On kala azar, malaria and malarial cachexia - Number 19
Disease focus: Malaria
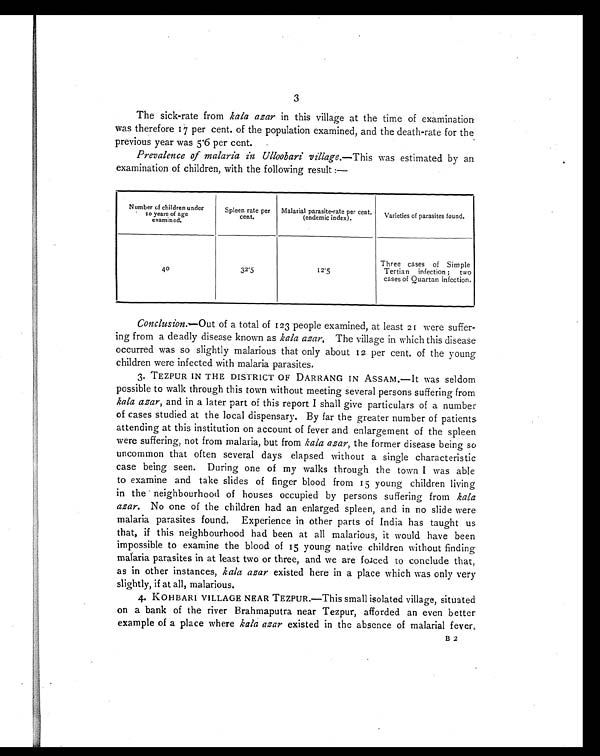
3
The sick-rate from kala azar in this village at the time of examination
was therefore17 per cent. of the population examined, and the death-rate for
the previous year was 5.6 per cent.
Prevalence of malaria in Ulloobari village .—This was estimated by an
examination of children, with the following result :—
Number of children under
10 years of age
examined.
Spleen rate per
cent.
Malarial parasite-rate per cent.
(endemic index).
Varieties of parasites found.
4 0
32.5
12.5
Three cases of Simple
Tertian infection ; two
cases of Quartan infection.
Conclusion.—Out of a total of 123 people examined, at least 21 were suffer-
ing from a deadly disease known as kala azar.T h e v i l l a g e i n w h i c h t h i s d i s e a s e
occurred was so slightly malarious that only about 12 per cent. of the young
children were infected with malaria parasites.
3. TEZPUR IN THE DISTRICT OF DARRANG IN ASSAM.—It was seldom
possible to walk through this town without meeting several persons suffering from
kala azar , and in a later part of this report I shall give particulars of a number
of cases studied at the local dispensary. By far the greater number of patients-
attending at this institution on account of fever and enlargement of the spleen
were suffering, not from malaria, but from kala azar, the former disease being so
uncommon that often several days elapsed without a single characteristic
case being seen. During one of my walks through the town I was able
to examine and take slides of finger blood from 15 young children living
in the neighbourhood of houses occupied by persons suffering from kala
azar. No one of the children had an enlarged spleen, and in no slide were
malaria parasites found. Experience in other parts of India has taught us
that, if this neighbourhood had been at all malarious, it would have been
impossible to examine the blood of 15 young native children without finding
malaria parasites in at least two or three, and we are forced to conclude that,
as in other instances, kala azar existed here in a place which was only very
slightly, if at all, malarious.
4. KOHBARI VILLAGE NEAR TEZPUR.—This small isolated village, situated
on a bank of the river Brahmaputra near Tezpur, afforded an even better
example of a place where kala azar existed in the absence of malarial fever
B 2